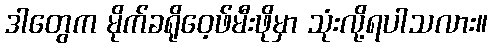
ဒါတွေက မိုက်ခရိုဝေ့ဖ်မီးဖိုမှာ သုံးလို့ရပါသလား။